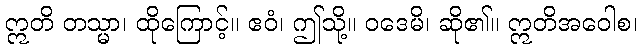
ဣတိ တသ္မာ၊ ထိုကြောင့်။ ဧဝံ၊ ဤသို့။ ဝဒေမိ၊ ဆို၏။ ဣတိအဝေါစ၊